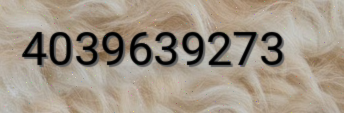
4039639273